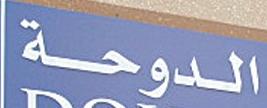
الدوحة